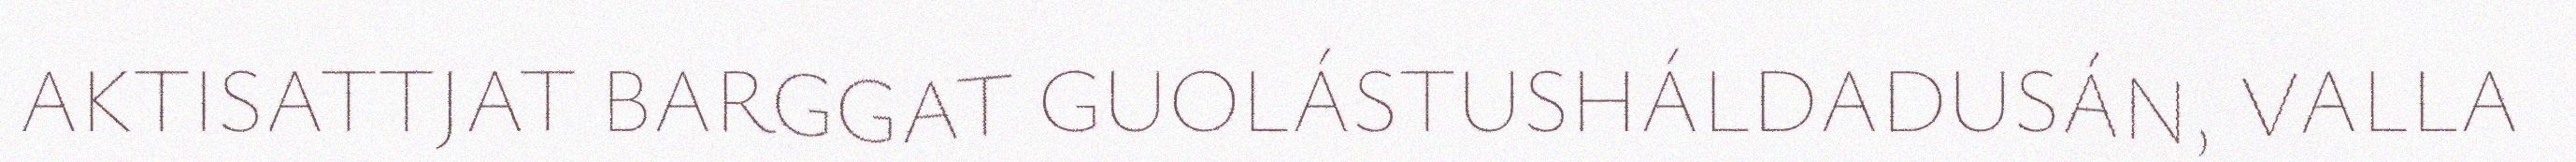
AKTISATTJAT BARGGAT GUOLÁSTUSHÁLDADUSÁN, VALLA